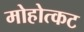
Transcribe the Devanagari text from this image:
मोहोत्कट